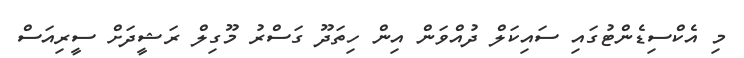
މި އެކްސިޑެންޓުގައި ސައިކަލް ދުއްވަން އިން ހިތަދޫ ގަސްރު މޫގިލް ރަޝީދަށް ސީރިއަސް